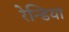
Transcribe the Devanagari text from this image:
रेन्डिया